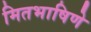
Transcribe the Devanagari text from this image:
मितभाषिणे